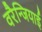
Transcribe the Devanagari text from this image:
वरैन्जियाई